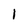
Character: 1